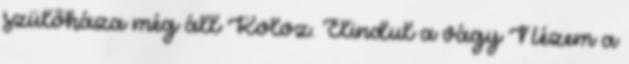
szülőháza még áll Koloz. Elindul a vágy Nézem a